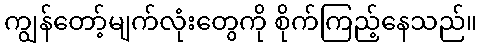
ကျွန်တော့်မျက်လုံးတွေကို စိုက်ကြည့်နေသည်။